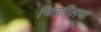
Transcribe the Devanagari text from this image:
चिनाग्लिया